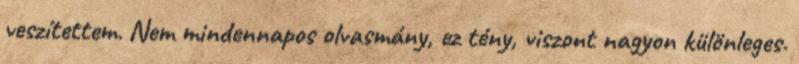
veszítettem. Nem mindennapos olvasmány, ez tény, viszont nagyon különleges.